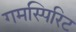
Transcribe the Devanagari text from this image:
गमस्पिरिट